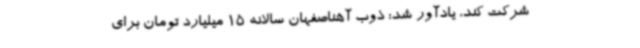
شرکت ‌کند، یادآور شد: ذوب آهناصفهان سالانه 15 میلیارد تومان برای